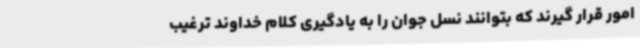
امور قرار گیرند که بتوانند نسل جوان را به یادگیری کلام خداوند ترغیب